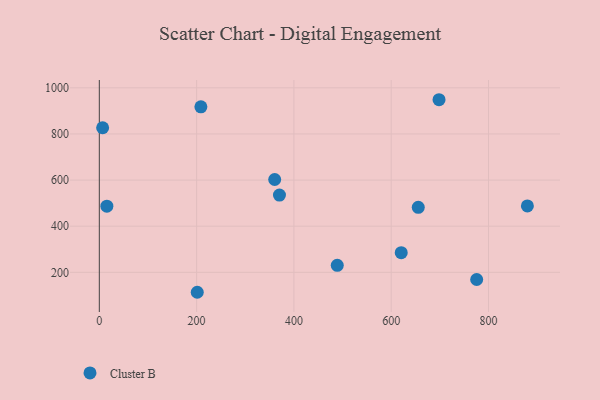
{"axis": {"x": "Engine Size", "y": "Yield"}, "legend": ["Cluster B"], "data": [{"x": "208.8", "y": 917.8, "type": "Cluster B"}, {"x": "698.3", "y": 948.4, "type": "Cluster B"}, {"x": "879.9", "y": 488.1, "type": "Cluster B"}, {"x": "489.1", "y": 230.4, "type": "Cluster B"}, {"x": "775.7", "y": 168.8, "type": "Cluster B"}, {"x": "370.3", "y": 535.1, "type": "Cluster B"}, {"x": "360.5", "y": 602.5, "type": "Cluster B"}, {"x": "6.8", "y": 826.9, "type": "Cluster B"}, {"x": "620.6", "y": 285.3, "type": "Cluster B"}, {"x": "201.3", "y": 113.5, "type": "Cluster B"}, {"x": "15.5", "y": 486.8, "type": "Cluster B"}, {"x": "655.6", "y": 481.7, "type": "Cluster B"}]}